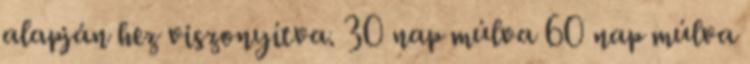
alapján hez viszonyítva. 30 nap múlva 60 nap múlva